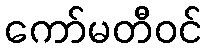
ကော်မတီဝင်